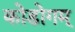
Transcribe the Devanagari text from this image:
कोडोगम्